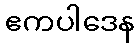
ဧကပါဒေန